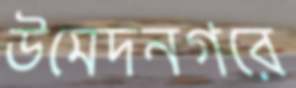
উমেদনগরে